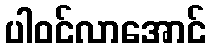
ပါဝင်လာအောင်